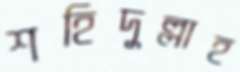
শহিদুল্লাহ